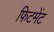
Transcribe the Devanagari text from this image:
फिटमेंट